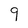
Character: 9